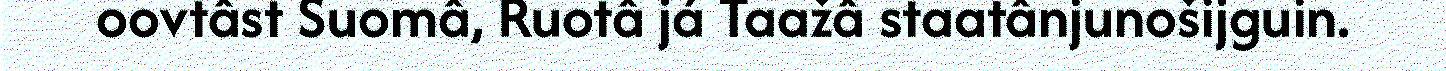
oovtâst Suomâ, Ruotâ já Taažâ staatânjunošijguin.